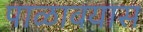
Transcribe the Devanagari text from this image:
पाळावयास